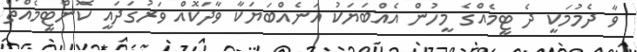
ވާ ދެމުމަކީ ދެ ޓީމެއްގެ މީހުން އެއްބަޔަކު އަނެއްބަޔަކާ ވާދަކޮއް ވަރުގަދައީ ކޮންޓީމެއްތޯ